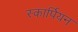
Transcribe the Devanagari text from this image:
स्कार्पियन